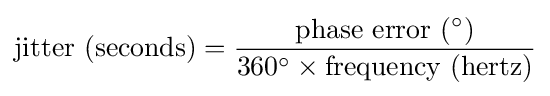
{\text{jitter (seconds}})={\frac {{\text{phase error (}}{}^{\circ }{\text{)}}}{360^{\circ }\times {\text{frequency (hertz)}}}}